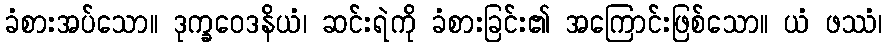
ခံစားအပ်သော။ ဒုက္ခဝေဒနိယံ၊ ဆင်းရဲကို ခံစားခြင်း၏ အကြောင်းဖြစ်သော။ ယံ ဖဿံ၊